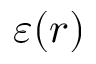
\varepsilon ( r )